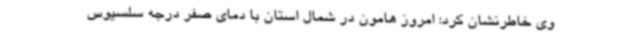
وی خاطرنشان کرد: امروز هامون در شمال استان با دمای صفر درجه سلسیوس